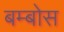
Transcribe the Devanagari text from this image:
बम्बोस